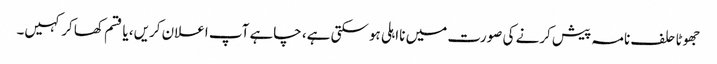
جھوٹا حلف نامہ پیش کرنے کی صورت میں نااہلی ہوسکتی ہے، چاہے آپ اعلان کریں، یا قسم کھا کر کہیں۔